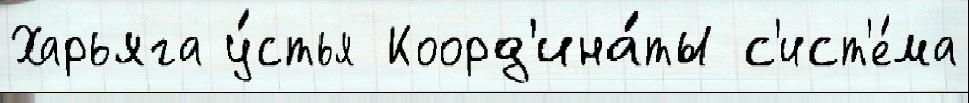
Харьяга у́стья Коорд'ина́ты с'ист'е́ма